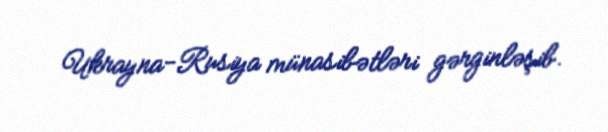
Ukrayna-Rusiya münasibətləri gərginləşib.